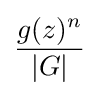
{\frac {g(z)^{n}}{|G|}}